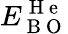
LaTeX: E_{\mathrm{~B~O~}}^{\mathrm{~H~e~}}